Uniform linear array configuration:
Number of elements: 12
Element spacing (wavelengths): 1
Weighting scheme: blackman
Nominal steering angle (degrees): -15
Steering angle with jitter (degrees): -15.139
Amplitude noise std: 0.05
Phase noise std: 0.05

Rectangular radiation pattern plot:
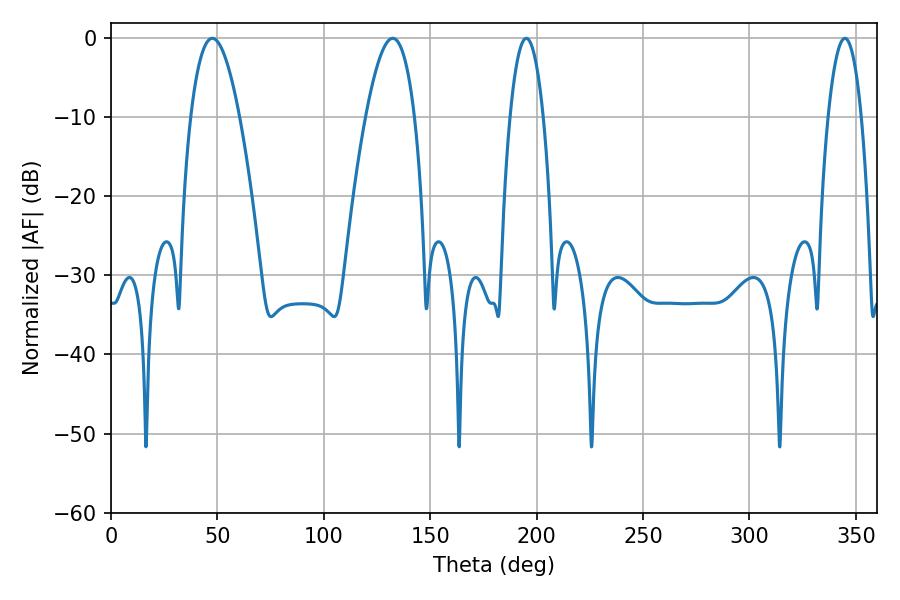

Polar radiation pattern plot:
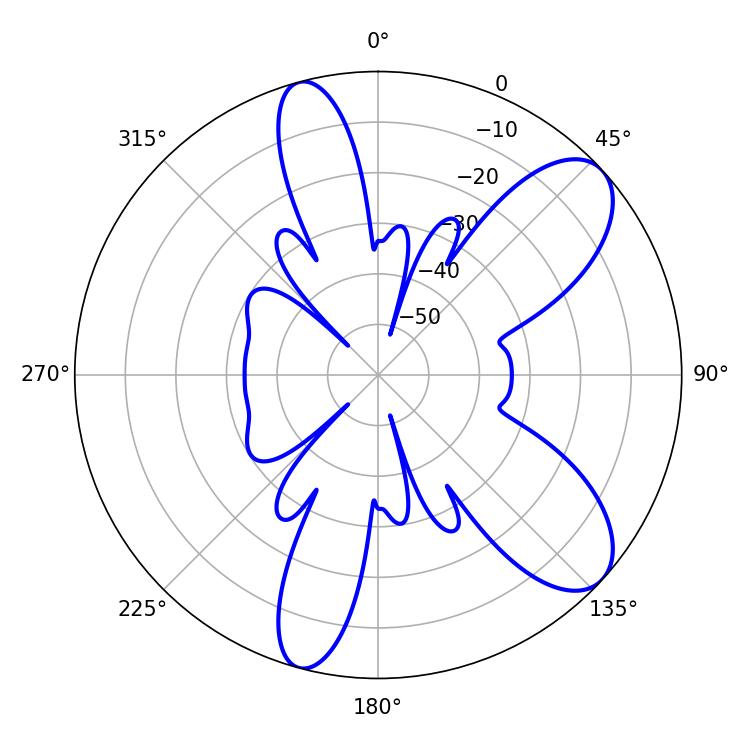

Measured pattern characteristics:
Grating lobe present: TRUE
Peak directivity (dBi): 8.762
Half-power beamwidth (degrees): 8.64
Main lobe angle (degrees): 195.12